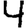
Digit: 4